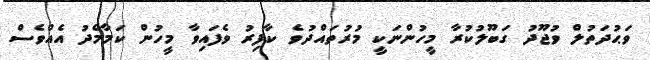
ވަޙުދަތުލް ވުޖޫދު ގަބޫލުކުރާ މީހުންނަކީ މުރުތައްދުވެ ކާފިރު ވެފައިވާ މީހުން ކަމާމެދު އެއްވެސް